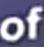
of